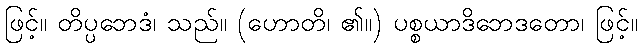
ဖြင့်။ တိပ္ပဘေဒံ၊ သည်။ (ဟောတိ၊ ၏။) ပစ္စယာဒိဘေဒတော၊ ဖြင့်။